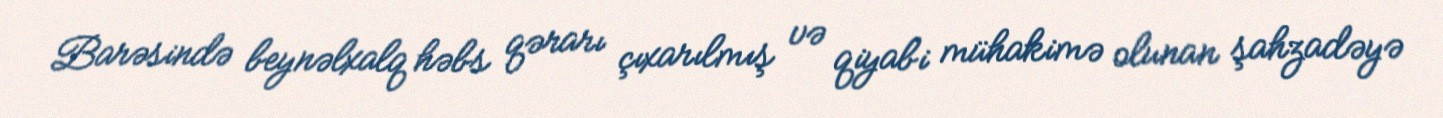
Barəsində beynəlxalq həbs qərarı çıxarılmış və qiyabi mühakimə olunan şahzadəyə